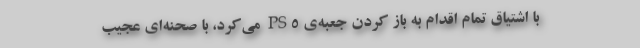
با اشتیاق تمام اقدام به باز کردن جعبه‌ی PS۵ می‌کرد، با صحنه‌ای عجیب